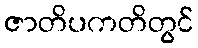
ဇာတိပကတိတွင်